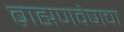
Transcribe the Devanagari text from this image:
ब्राह्मणवेषाचा